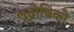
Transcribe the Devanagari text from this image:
लूदोविको